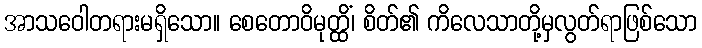
အာသဝေါတရားမရှိသော။ စေတောဝိမုတ္ထိံ၊ စိတ်၏ ကိလေသာတို့မှလွတ်ရာဖြစ်သော